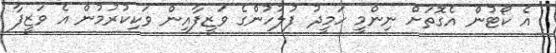
އެ ކޯޓުން އެގޮތަށް ނިންމީ ހަމީދު ފުލުހުންގެ ވަޒީފާއިން ވަކިކުރުމުން އެ ވަޒީފާ